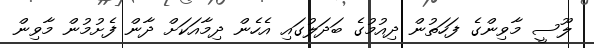
ލޫސީ މާވިންގެ ފަހަތުން ދިއުމުގެ ބަދަލުގައި އެހެން ދިމާއަކަށް ދާން ފެށުމުން މާވިން